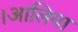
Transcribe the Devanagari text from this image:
।आलिया